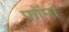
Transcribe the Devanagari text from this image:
फ़ॉना